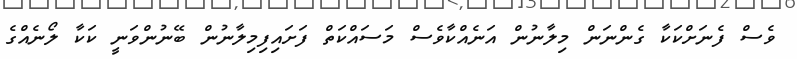
ވެސް ފެނަށްކަކާ ގެންނަން މިލާނުން އަނެއްކާވެސް މަސައްކަތް ފަށައިފިމިލާނުން ބޭނުންވަނީ ކަކާ ލޯނެއްގެ